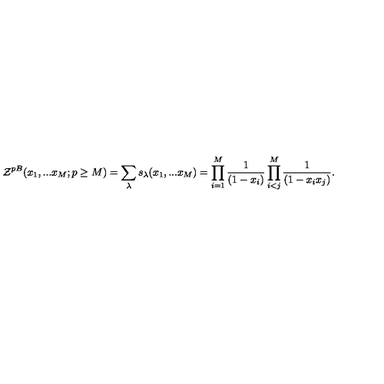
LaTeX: { \cal Z } ^ { p B } ( x _ { 1 } , . . . x _ { M } ; p \geq M ) = \sum _ { \lambda } s _ { \lambda } ( x _ { 1 } , . . . x _ { M } ) = \prod _ { i = 1 } ^ { M } \frac { 1 } { ( 1 - x _ { i } ) } \prod _ { i < j } ^ { M } \frac { 1 } { ( 1 - x _ { i } x _ { j } ) } .